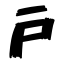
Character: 戸